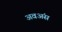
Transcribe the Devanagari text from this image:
अवअंस